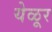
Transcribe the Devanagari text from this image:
येळूर